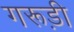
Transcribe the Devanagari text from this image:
गरूड़ी